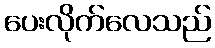
ပေးလိုက်လေသည်